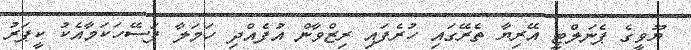
ޔޫވީގެ ޕެނަލްޓީ އޭރިޔާ ތެރޭގައި ހުރެފައި ރިޒްވާން އުފެއްދި ހަމަލާ ފަސޭހަކަމާއެކު ކީޕަރު